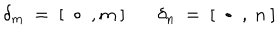
\delta _ { m } \ = \ [ \ \bullet \ , m \ ] \ \ \ \delta _ { n } \ = \ [ \ \bullet \ , \ n \ ]